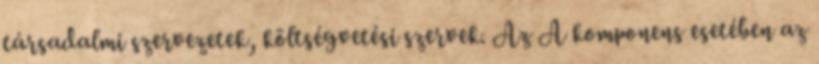
társadalmi szervezetek, költségvetési szervek. Az A komponens esetében az